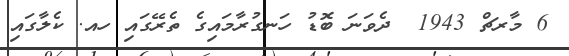
6 މާރޗް 1943  ދެވަނަ ބޮޑު ހަނގުރާމައިގެ ތެރޭގައި ހއ. ކެލާގައި